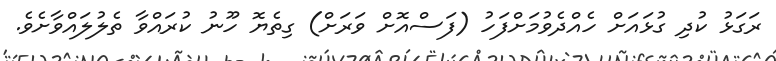
ރަގަޅު ކުދި ގުޅައަށް ހެއްދެވުމަށްފަހު (ފަސްއޮށް ވަރަށް) ގިތެޔޮ ހޫނު ކުރައްވާ ތެލުލައްވާށެވެ.